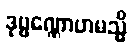
ဒုဗ္ဗဏ္ဏောဟမသ္မိ